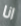
انا